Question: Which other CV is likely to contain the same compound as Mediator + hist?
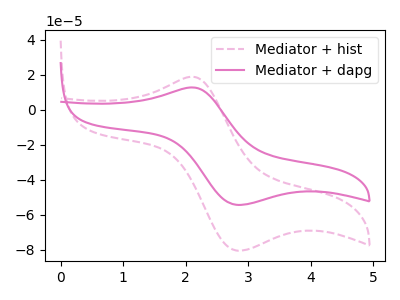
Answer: <think>The pink dashed curve "Mediator + hist" has an anodic peak at (2.10V, 18.75uA) and a cathodic peak at (2.80V, -80.50uA). The pink curve "Mediator + dapg" has an anodic peak at (2.10V, 12.70uA) and a cathodic peak at (2.80V, -54.35uA).
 All the peaks in "Mediator + hist" have a peak in "Mediator + dapg" at the same potential. Every peak in "Mediator + hist" is higher than every peak in "Mediator + dapg".</think>
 <answer>The CV with the most similar shape to "Mediator + dapg" is "Mediator + hist".</answer>
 <eval>"Mediator + hist"</eval>